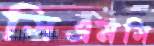
সিএমসি